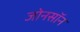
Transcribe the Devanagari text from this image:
जोनसॉन